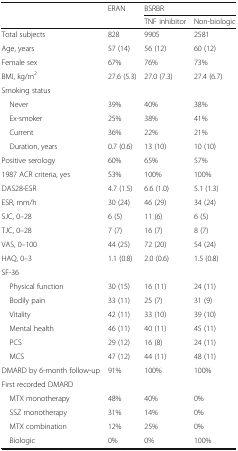
<table><thead><tr><td rowspan="2"></td><td rowspan="2"><b>ERAN</b></td><td colspan="2"><b>BSRBR</b></td></tr><tr><td><b>TNF inhibitor</b></td><td><b>Non-biologic</b></td></tr></thead><tbody><tr><td>Total subjects</td><td>828</td><td>9905</td><td>2581</td></tr><tr><td>Age, years</td><td>57 (14)</td><td>56 (12)</td><td>60 (12)</td></tr><tr><td>Female sex</td><td>67%</td><td>76%</td><td>73%</td></tr><tr><td>BMI, kg/m<sup>2</sup></td><td>27.6 (5.3)</td><td>27.0 (7.3)</td><td>27.4 (6.7)</td></tr><tr><td colspan="4">Smoking status</td></tr><tr><td> Never</td><td>39%</td><td>40%</td><td>38%</td></tr><tr><td> Ex-smoker</td><td>25%</td><td>38%</td><td>41%</td></tr><tr><td> Current</td><td>36%</td><td>22%</td><td>21%</td></tr><tr><td> Duration, years</td><td>0.7 (0.6)</td><td>13 (10)</td><td>10 (10)</td></tr><tr><td>Positive serology</td><td>60%</td><td>65%</td><td>57%</td></tr><tr><td>1987 ACR criteria, yes</td><td>53%</td><td>100%</td><td>100%</td></tr><tr><td>DAS28-ESR</td><td>4.7 (1.5)</td><td>6.6 (1.0)</td><td>5.1 (1.3)</td></tr><tr><td>ESR, mm/h</td><td>30 (24)</td><td>46 (29)</td><td>34 (24)</td></tr><tr><td>SJC, 0–28</td><td>6 (5)</td><td>11 (6)</td><td>6 (5)</td></tr><tr><td>TJC, 0–28</td><td>7 (7)</td><td>16 (7)</td><td>8 (7)</td></tr><tr><td>VAS, 0–100</td><td>44 (25)</td><td>72 (20)</td><td>54 (24)</td></tr><tr><td>HAQ, 0–3</td><td>1.1 (0.8)</td><td>2.0 (0.6)</td><td>1.5 (0.8)</td></tr><tr><td colspan="4">SF-36</td></tr><tr><td> Physical function</td><td>30 (15)</td><td>16 (11)</td><td>24 (11)</td></tr><tr><td> Bodily pain</td><td>33 (11)</td><td>25 (7)</td><td>31 (9)</td></tr><tr><td> Vitality</td><td>42 (11)</td><td>33 (10)</td><td>39 (10)</td></tr><tr><td> Mental health</td><td>46 (11)</td><td>40 (11)</td><td>45 (11)</td></tr><tr><td> PCS</td><td>29 (12)</td><td>16 (8)</td><td>24 (11)</td></tr><tr><td> MCS</td><td>47 (12)</td><td>44 (11)</td><td>48 (11)</td></tr><tr><td>DMARD by 6-month follow-up</td><td>91%</td><td>100%</td><td>100%</td></tr><tr><td colspan="4">First recorded DMARD</td></tr><tr><td> MTX monotherapy</td><td>48%</td><td>40%</td><td>0%</td></tr><tr><td> SSZ monotherapy</td><td>31%</td><td>14%</td><td>0%</td></tr><tr><td> MTX combination</td><td>12%</td><td>25%</td><td>0%</td></tr><tr><td> Biologic</td><td>0%</td><td>0%</td><td>100%</td></tr></tbody></table>